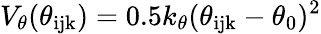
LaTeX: V_{\theta}(\theta_{\mathrm{ijk}})=0.5k_{\theta}(\theta_{\mathrm{ijk}}-\theta_{0})^{2}